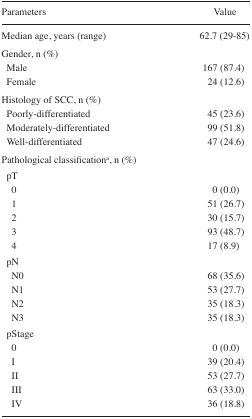
| Parameters | Value |
 | --- | --- |
 | Median age, years (range) | 62.7 (29–85) |
 | <COLSPAN=2> Gender, n (%) |
 | Male | 167 (87.4) |
 | Female | 24 (12.6) |
 | <COLSPAN=2> Histology of SCC, n (%) |
 | Poorly-differentiated | 45 (23.6) |
 | Moderately-differentiated | 99 (51.8) |
 | Well-differentiated | 47 (24.6) |
 | <COLSPAN=2> Pathological classificationa, n (%) |
 | <COLSPAN=2> pT |
 | 0 | 0 (0.0) |
 | 1 | 51 (26.7) |
 | 2 | 30 (15.7) |
 | 3 | 93 (48.7) |
 | 4 | 17 (8.9) |
 | <COLSPAN=2> pN |
 | N0 | 68 (35.6) |
 | N1 | 53 (27.7) |
 | N2 | 35 (18.3) |
 | N3 | 35 (18.3) |
 | <COLSPAN=2> pStage |
 | 0 | 0 (0.0) |
 | I | 39 (20.4) |
 | II | 53 (27.7) |
 | III | 63 (33.0) |
 | IV | 36 (18.8) |